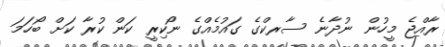
ރާއްޖެ މީހުން ނުދާނެ ސާރކްގެ ގައުމެއްގެ ނޯކިރީ ކަން ކުރާ ކަށް ބޯހަމަ